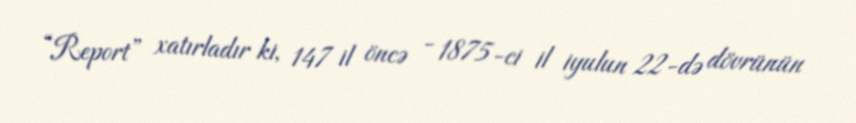
“Report” xatırladır ki, 147 il öncə - 1875-ci il iyulun 22-də dövrünün